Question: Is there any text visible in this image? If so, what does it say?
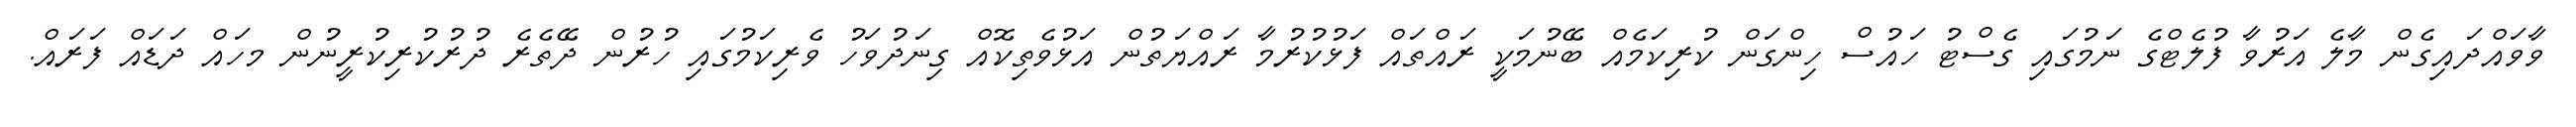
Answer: ވާވައްދައިގެން މާލެ އަރުވާ ފުލެޓްގެ ނަމުގައި ގެސްޓު ހައުސް ހިންގަން ކުރިކަމެއް ބޭނުމަކީ ރައްތައް ފަޅުކުރުމާ ރައްޔަތުން އަޅުވެތިކޮއް ގިނަދުވަހު ވެރިކަމުގައި ހުރުން ދޭތެރެ ދުރުކުރިކުރީނުން މހައް ދަޑައް ފަރައް.